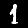
Label: 1